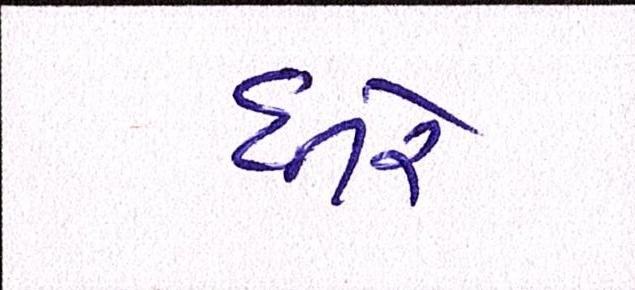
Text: ધીરે